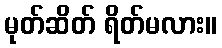
မုတ်ဆိတ် ရိတ်မလား။